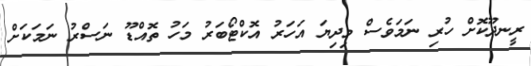
ރީނދޫކޮށް ހުރި ނަމަވެސް މިދިޔަ އަހަރު އޮކްޓޯބަރު މަހު ތޮއްޑޫ ނަސްރު ނަމަކަށް